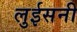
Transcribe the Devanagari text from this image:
लुईसनी